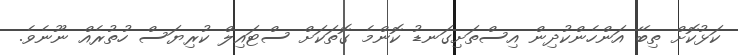
ކަޅުކޮށް ތިބޭ އަންހެންކުދިން އިސްތަށިގަނޑު ކޮންމެ ގޮތަކަށް ސްޓައިލް ކުރިޔަސް ހުތުރެއް ނޫނެވެ.